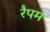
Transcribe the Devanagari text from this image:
रैपम